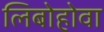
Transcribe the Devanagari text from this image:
लिबोहोवा